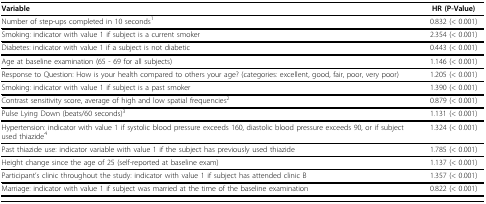
| Variable | HR (P-Value) |
 | --- | --- |
 | Number of step-ups completed in 10 seconds1 | 0.832 (< 0.001) |
 | Smoking: indicator with value 1 if subject is a current smoker | 2.354 (< 0.001) |
 | Diabetes: indicator with value 1 if a subject is not diabetic | 0.443 (< 0.001) |
 | Age at baseline examination (65 - 69 for all subjects) | 1.146 (< 0.001) |
 | Response to Question: How is your health compared to others your age? (categories: excellent, good, fair, poor, very poor) | 1.205 (< 0.001) |
 | Smoking: indicator with value 1 if subject is a past smoker | 1.390 (< 0.001) |
 | Contrast sensitivity score, average of high and low spatial frequencies2 | 0.879 (< 0.001) |
 | Pulse Lying Down (beats/60 seconds)3 | 1.131 (< 0.001) |
 | Hypertension: indicator with value 1 if systolic blood pressure exceeds 160, diastolic blood pressure exceeds 90, or if subject used thiazide4 | 1.324 (< 0.001) |
 | Past thiazide use: indicator variable with value 1 if the subject has previously used thiazide | 1.785 (< 0.001) |
 | Height change since the age of 25 (self-reported at baseline exam) | 1.137 (< 0.001) |
 | Participant's clinic throughout the study: indicator with value 1 if subject has attended clinic B | 1.357 (< 0.001) |
 | Marriage: indicator with value 1 if subject was married at the time of the baseline examination | 0.822 (< 0.001) |